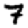
Digit: 7